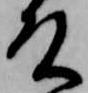
殿